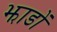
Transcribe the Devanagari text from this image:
झाडों